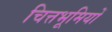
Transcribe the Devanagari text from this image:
चित्तभूमियों